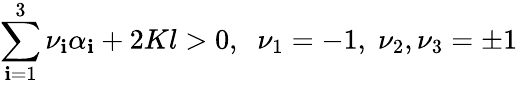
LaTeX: \sum_{\mathbf{i}=1}^{3}\nu_{\mathbf{i}}\alpha_{\mathbf{i}}+2Kl>0,\; \; \nu_{1}=-1,\; \nu_{2},\nu_{3}=\pm1